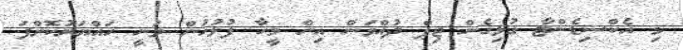
މި އެކްސިޑެންޓާ ގުޅިގެން ޖިޕް ދުއްވަން އިން މީހާ ފުލުހުން ވަނީ ހައްޔަރުކޮށްފަ